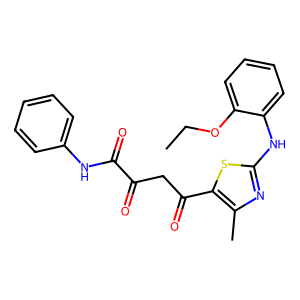
SMILES: CCOc1ccccc1Nc1nc(C)c(C(=O)CC(=O)C(=O)Nc2ccccc2)s1
Inhibits HIV replication: No